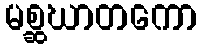
မစ္ဆဃာတကော